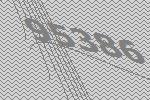
95386